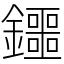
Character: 鑩